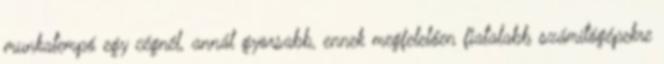
munkatempó egy cégnél, annál gyorsabb, ennek megfelelően fiatalabb számítógépekre